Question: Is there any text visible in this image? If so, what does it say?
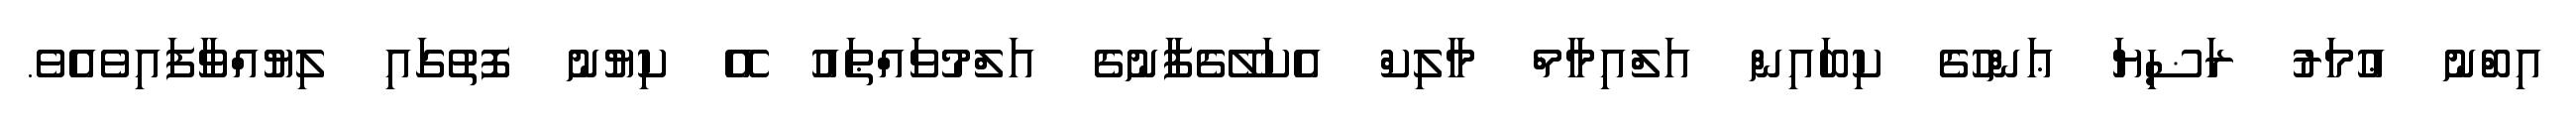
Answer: އިބްނު ޢުމަރު ރަޟިޔަ ޢަންހުގެ ކިބައިން އަލްއިމާމް މާލިކް އެކަލޭގެފާނުގެ އަލްމުވައްޠައު އޭ ކިޔުނު ފޮތުގައި ލިޔުއްވާފައިވެއެވެ.